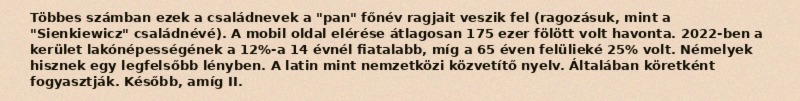
Többes számban ezek a családnevek a "pan" főnév ragjait veszik fel (ragozásuk, mint a "Sienkiewicz" családnévé). A mobil oldal elérése átlagosan 175 ezer fölött volt havonta. 2022-ben a kerület lakónépességének a 12%-a 14 évnél fiatalabb, míg a 65 éven felülieké 25% volt. Némelyek hisznek egy legfelsőbb lényben. A latin mint nemzetközi közvetítő nyelv. Általában köretként fogyasztják. Később, amíg II.